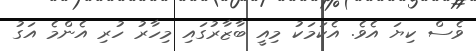
ވެސް ކިޔަ އެވެ. އެކަމަކު މިއީ ބާޒާރުގައި މިހާރު ހުރި އެންމެ އަގު